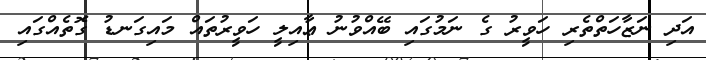
އަދި ނަޒާހަތްތެރި ހަވީރު ގެ ނަމުގައި ބޭއްވުނު ޢާއިލީ ހަވީރުތައް މައިގަނޑު ގޮތެއްގައި